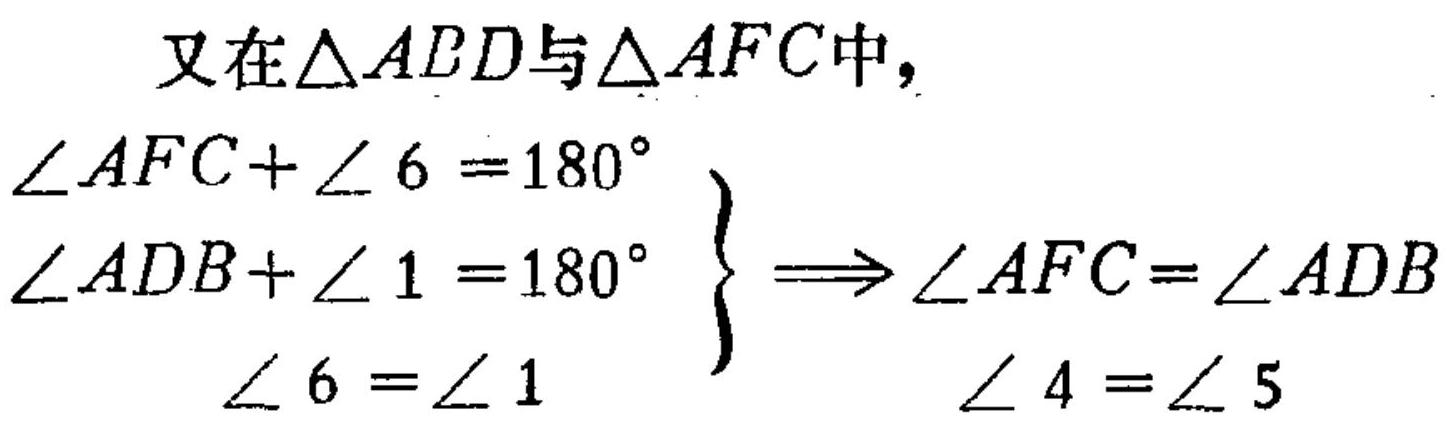
又在\(\triangle ADD\)与\(\triangle AFC\)中，
\(\left.\begin{array}{l}
\angle AFC + \angle 6 = 180^{\circ}\\
\angle ADB + \angle 1 = 180^{\circ}\\
\angle 6 = \angle 1
\end{array}\right\} \Longrightarrow
\begin{array}{l}
\angle AFC = \angle ADB\\
\angle 4 = \angle 5
\end{array}\)